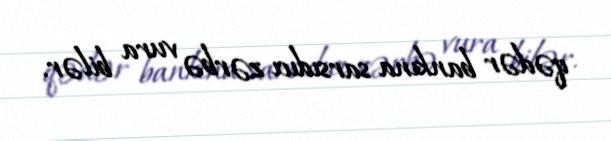
qədər bankına sarsıdıcı zərbə vura bilər.